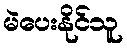
မဲပေးနိုင်သူ